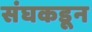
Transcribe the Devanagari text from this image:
संघकडून